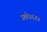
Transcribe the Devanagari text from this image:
उतरे॥६४॥